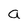
Character: a